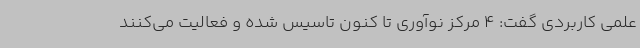
علمی کاربردی گفت: 4 مرکز نوآوری تا کنون تاسیس شده و فعالیت می‌کنند